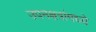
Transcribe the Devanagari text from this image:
उपनक्षत्रांमध्ये